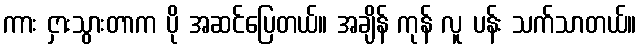
ကား ငှားသွားတာက ပို အဆင်ပြေတယ်။ အချိန် ကုန် လူ ပန်း သက်သာတယ်။